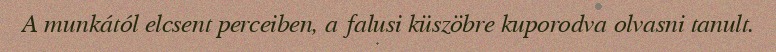
A munkától elcsent perceiben, a falusi küszöbre kuporodva olvasni tanult.